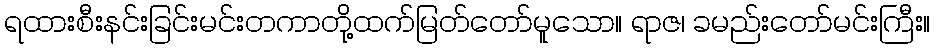
ရထားစီးနင်းခြင်းမင်းတကာတို့ထက်မြတ်တော်မူသော။ ရာဇ၊ ခမည်းတော်မင်းကြီး။